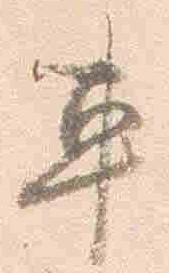
車